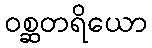
ဝစ္ဆတရိယော